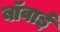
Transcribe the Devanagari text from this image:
बॉवाई